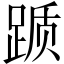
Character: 踬